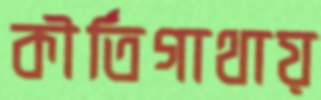
কীর্তিগাথায়